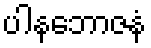
ပါနဘောဇနံ